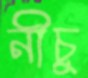
নীচু